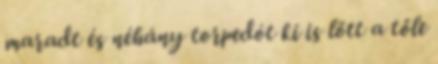
maradt és néhány torpedót ki is lőtt a tőle